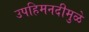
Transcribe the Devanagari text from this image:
उपहिमनदीमुळे